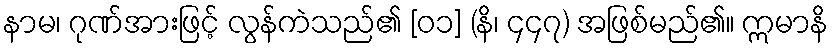
နာမ၊ ဂုဏ်အားဖြင့် လွန်ကဲသည်၏ [၀၁] (နိ၊ ၄၄၇) အဖြစ်မည်၏။ ဣမာနိ